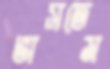
ভাসতেম